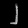
Digit: ၂